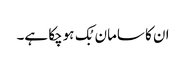
ان کا سامان بُک ہوچکا ہے۔